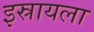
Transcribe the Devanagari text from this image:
इस्रायला